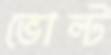
ভোল্ট